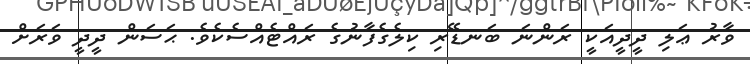
ވާރު ޢަލި ދީދީއަކީ ރަންނަ ބަނޑޭރި ކިލެގެފާނުގެ ރައްޓެއްސެކެވެ. ޙަސަން ދީދީ ވަރަށް